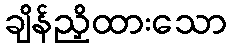
ချိန်ညှိထားသော